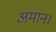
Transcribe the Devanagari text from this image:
अमान।